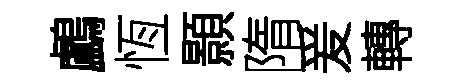
鸕恆顥隋爰轉